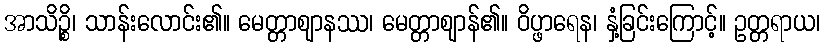
အာသိဉ္စိ၊ သာန်းလောင်း၏။ မေတ္တာဈာနဿ၊ မေတ္တာဈာန်၏။ ဝိပ္ဖာရေန၊ နှံ့ခြင်းကြောင့်။ ဥတ္တရာယ၊